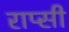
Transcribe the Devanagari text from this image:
राप्सी